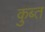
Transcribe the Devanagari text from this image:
कुब्त